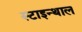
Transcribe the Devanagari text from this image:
स्टाइन्थाल